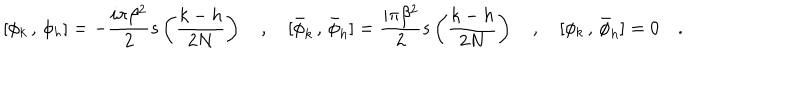
[ \phi _ { k } \, , \, \phi _ { h } ] = - { \frac { i \pi \beta ^ { 2 } } { 2 } } s \left( \frac { k - h } { 2 N } \right) \quad , \quad [ \bar { \phi } _ { k } \, , \, \bar { \phi } _ { h } ] = { \frac { i \pi \beta ^ { 2 } } { 2 } } s \left( \frac { k - h } { 2 N } \right) \quad , \quad [ \phi _ { k } \, , \, \bar { \phi } _ { h } ] = 0 \quad .